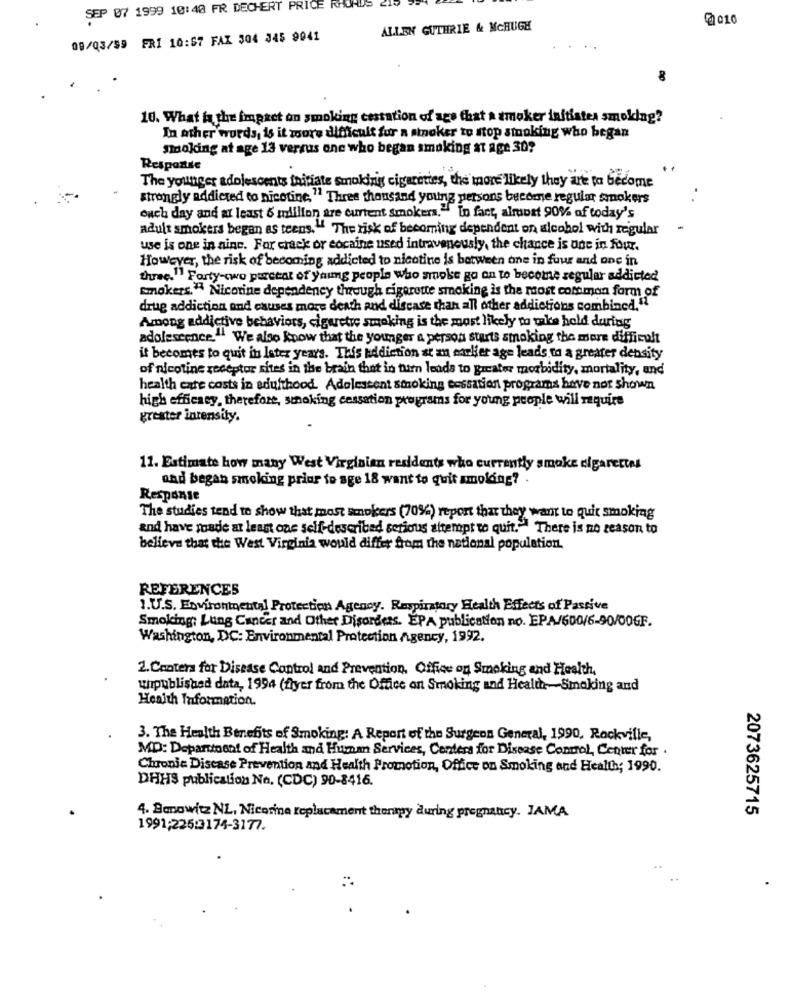
SEP 07 1999 10:40 FR DECHERT PRICE RHOADS EIv
@2010
ALLEN GUTHRIE & MCHUGH
09/03/59 FRI 10:57 FAX 304 345 9941
8
10. What is the impact on smoking cessation of age that a smoker initiates smoking?
In other words, is it moore difficult fur a smoker to stop smoking who began
Smoking at age 13 versus one who began smoking at age 30?
Response
The younger adolescents initiate smokirig cigarettes, the more likely they are to become
strongly addicted to nicotine, " Three thousand young persons become regular smokers
ouch day and at least 6 million are current smokers." In fact, almost 90% of today's
adult smokers began es teens." The risk of becoming dependent on alcohol with regular
use is one in ainc. For crack or cocaine used intravenously, the chance is one in four.
However, the risk of becoming addicted to nicotine is between one in four and one in
three." Forty-two percent of young people who smoke go on to become regular addicted
Smokers." Nicotine dependency through cigarette smoking is the most common form of
drug addiction and causes more death and discase than all other addictions combined."1
Among addictive behaviors, cigarette smoking is the most likely to make hold during
adolescence." We also know that the younger a person starts smoking the more difficult
it becomes to quit in Ister years. This addiction at an earlier age leads to a greater density
of nicotine receptor sites in the brain that in turn leads to greater morbidity, mortality, and
health care costs in adulthood. Adolescent smoking cessation programs have not shown
high efficacy, therefore, smoking cessation programs for young people will require
grester intensity.
11. Estimate how many West Virginian residents who currently smoke cigarettes
and began smoking prior to age 18 want to quit smolding?
Response
The studies tend to show that most smokers (70%) report that they want to quit smoking
and have youde at least one self-described serious attempt to quit. There is no reason to
believe that the West Virginia would differ from the national population.
REFERENCES
1.U.S. Environmental Protection Agency. Respiratory Health Effects of Passive
Smoking: Lung Cancer and Other Disorders. EPA publication no. EPA/600/6-90/00GF.
Washington, DC: Environmental Protection Agency, 1992.
1. Centers for Disease Control and Prevention, Office on Smoking and Health,
uhpublished data, 1994 (flyer from the Office on Smoking and Healthr-Smoking and
Health Information.
3. The Health Benefits of Smoking: A Report of the Surgeon General, 1990, Rockville,
MD: Department of Health and Human Services, Centers for Disease Control, Center for .
Chronic Disease Prevention and Health Promotion, Office on Smoking and Health; 1990.
DHHS publication No. (CDC) 90-8416.
2073625715
4. Benowitz NL, Nicorine replacement therapy during pregnancy. JAMA
1991;225:3174-3177.